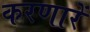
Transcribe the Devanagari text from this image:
करणारें